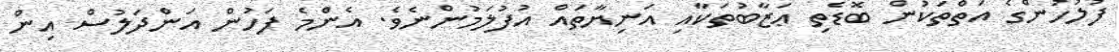
ފުލުހުންގެ އަތްތަކުން ބޮޑެތި ޢަޒާބުތަކާއި އަނިޔާތައް އުފުލަމުންނެވެ. އެންމެ ފަހުން އަންދަލުސް އިން